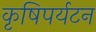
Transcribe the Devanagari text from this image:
कृषिपर्यटन